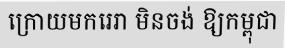
ក្រោយមករេរា មិនចង់ ឱ្យកម្ពុជា